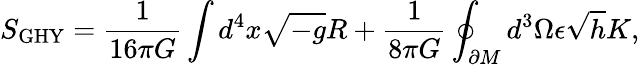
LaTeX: S_{\mathrm{GHY}}=\frac{1}{16\pi G}\int d^{4}x\sqrt{-g}R+\frac{1}{8\pi G}\oint_{\partial M}d^{3}\Omega\epsilon\sqrt{h}K,